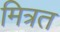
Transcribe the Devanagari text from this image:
मित्रत